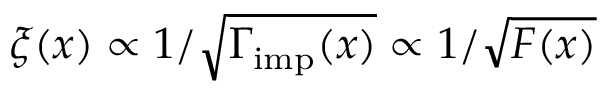
\xi ( x ) \propto 1 / \sqrt { \Gamma _ { \mathrm { i m p } } ( x ) } \propto 1 / \sqrt { F ( x ) }